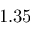
1 . 3 5